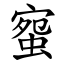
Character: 䗕